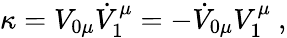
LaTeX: \kappa=V_{0\mu}\dot{V}_{1}^{\mu}=-\dot{V}_{0\mu}V_{1}^{\mu}~,